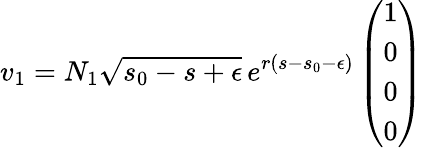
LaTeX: v_{1}=N_{1}\sqrt{s_{0}-s+\epsilon}\, e^{r(s-s_{0}-\epsilon)}\left(\begin{array}{c}{{1}}\\ {{0}}\\ {{0}}\\ {{0}}\end{array}\right)